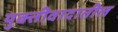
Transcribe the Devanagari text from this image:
युक्तीवादातील